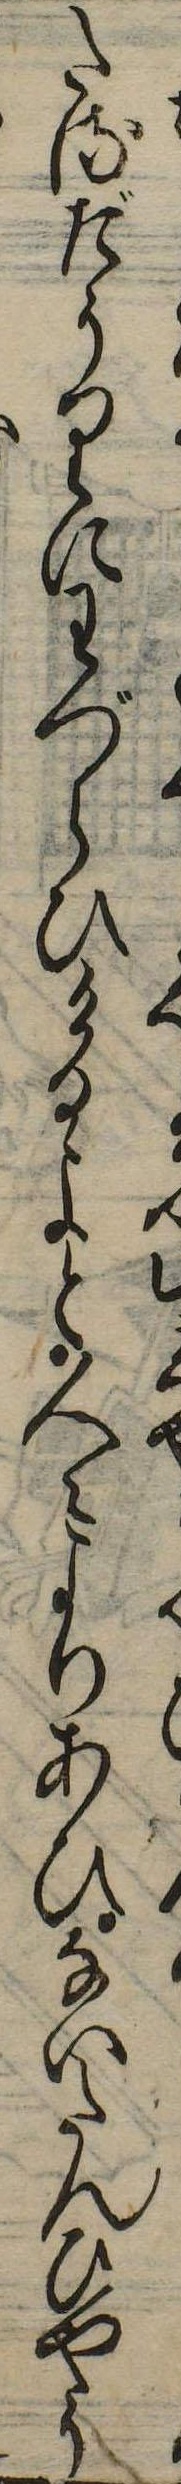
たるだうりにわづらひけるよと人々よりあひないたんひやう